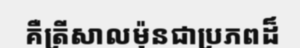
គឺត្រីសាលម៉ុនជាប្រភពដ៏